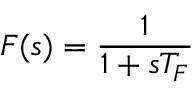
F ( s ) = { \frac { 1 } { 1 + s T _ { F } } }